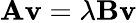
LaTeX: \mathbf{A}\mathbf{v}=\lambda\mathbf{B}\mathbf{v}